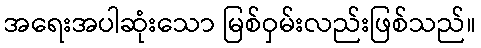
အရေးအပါဆုံးသော မြစ်ဝှမ်းလည်းဖြစ်သည်။